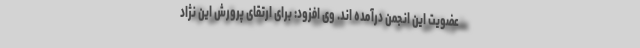
عضویت این انجمن درآمده اند. وی افزود: برای ارتقای پرورش این نژاد